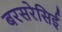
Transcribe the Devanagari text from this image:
बरसरेसिई